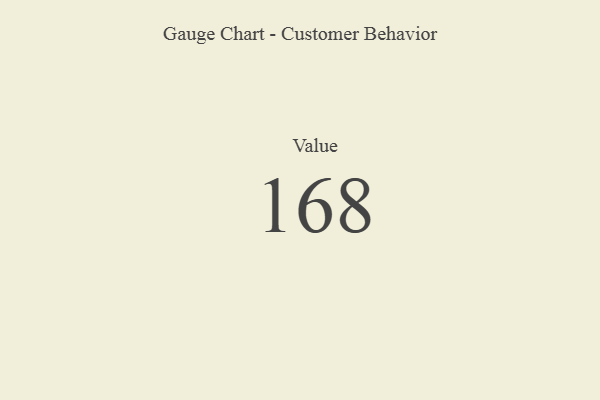
{"axis": {"x": "Metric", "y": "Value"}, "legend": [""], "data": [{"x": "Value", "y": 168, "type": ""}]}